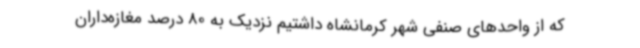
که از واحدهای صنفی شهر کرمانشاه داشتیم نزدیک به 80 درصد مغازه‌داران